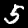
Label: 5